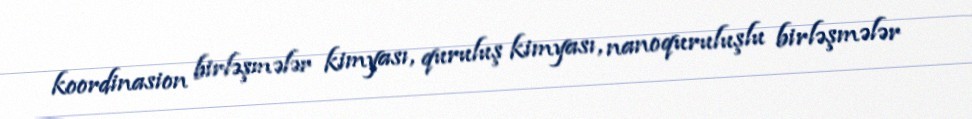
koordinasion birləşmələr kimyası, quruluş kimyası, nanoquruluşlu birləşmələr